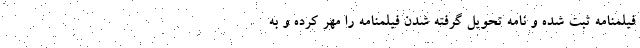
فیلمنامه ثبت شده و نامه تحویل گرفته شدن فیلمنامه را مهر کرده و به